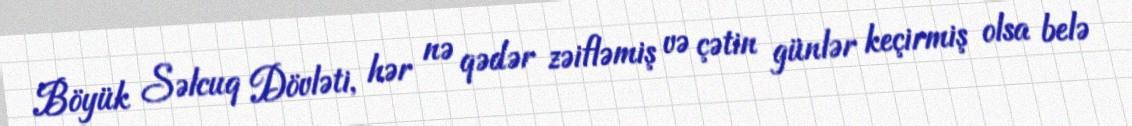
Böyük Səlcuq Dövləti, hər nə qədər zəifləmiş və çətin günlər keçirmiş olsa belə